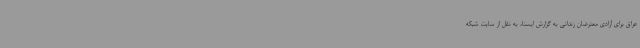
عراق برای آزادی معترضان زندانی به گزارش ایسنا، به نقل از سایت شبکه